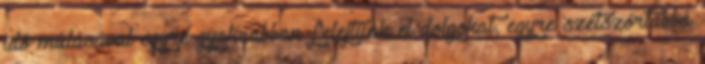
idő múlásával egyre gyakrabban felejtünk el dolgokat, egyre szétszórtabbá